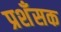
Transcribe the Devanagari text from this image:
प्रशँसक